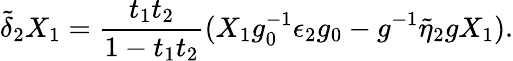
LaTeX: \tilde{\delta}_{2}X_{1}={\frac{t_{1}t_{2}}{1-t_{1}t_{2}}}(X_{1}g_{0}^{-1}\epsilon_{2}g_{0}-g^{-1}\tilde{\eta}_{2}gX_{1}).